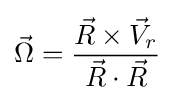
{\vec {\Omega }}={\frac {{\vec {R}}\times {\vec {V}}_{r}}{{\vec {R}}\cdot {\vec {R}}}}